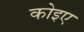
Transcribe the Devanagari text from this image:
कोइए